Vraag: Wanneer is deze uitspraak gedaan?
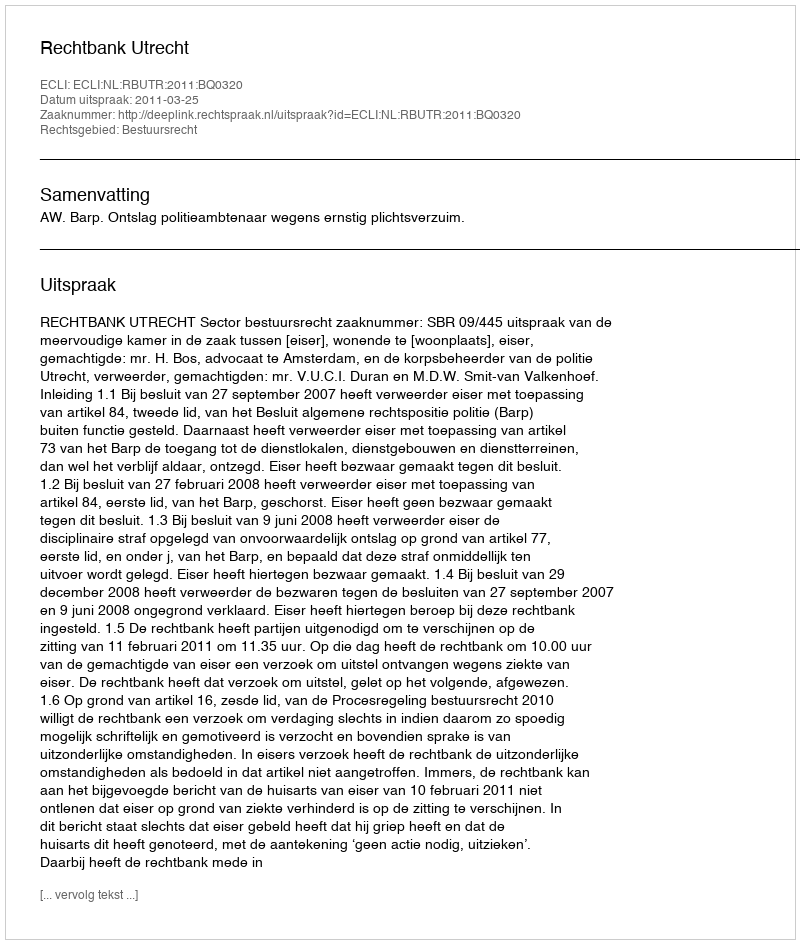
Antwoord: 2011-03-25